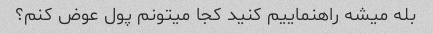
بله میشه راهنماییم کنید کجا میتونم پول عوض کنم؟